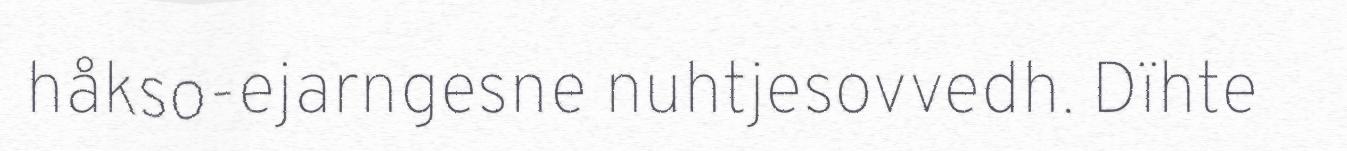
håkso-ejarngesne nuhtjesovvedh. Dïhte